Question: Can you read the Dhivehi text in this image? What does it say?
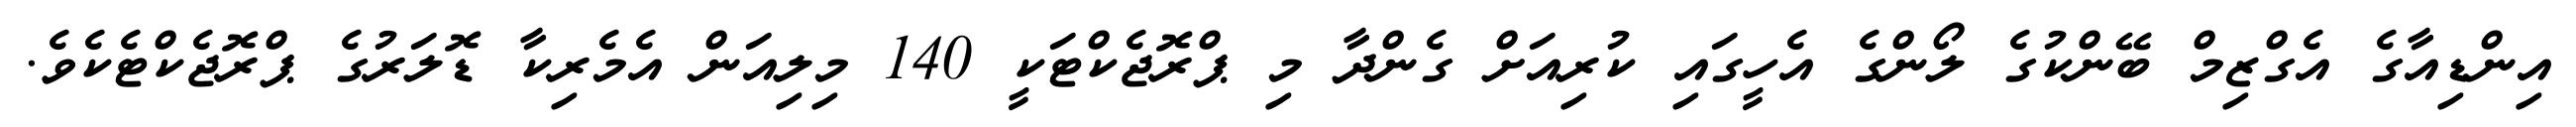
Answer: އިންޑިއާގެ އެގްޒިމް ބޭންކުގެ ލޯންގެ އެހީގައި ކުރިއަށް ގެންދާ މި ޕްރޮޖެކްޓަކީ 140 މިލިއަން އެމެރިކާ ޑޮލަރުގެ ޕްރޮޖެކްޓެކެވެ.